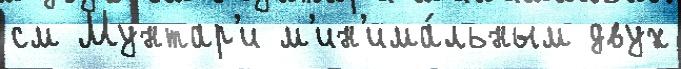
см Мунтар'и м'ин'има́льным двух